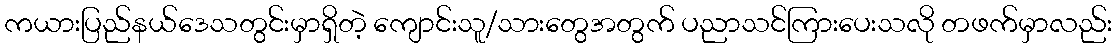
ကယားပြည်နယ်ဒေသတွင်းမှာရှိတဲ့ ကျောင်းသူ/သားတွေအတွက် ပညာသင်ကြားပေးသလို တဖက်မှာလည်း